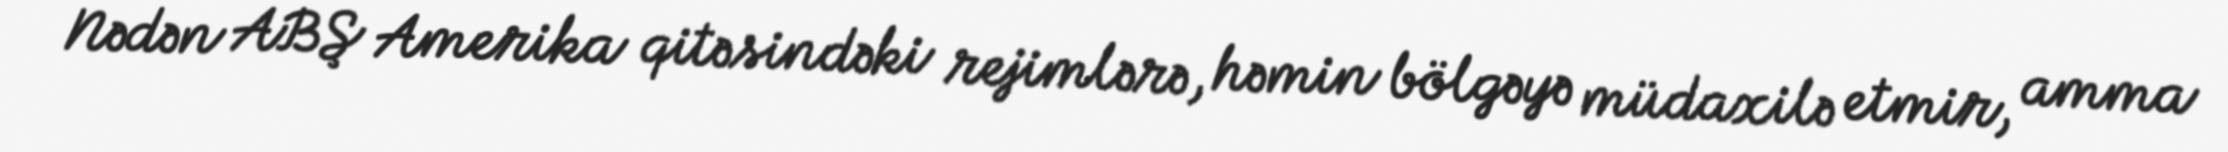
Nədən ABŞ Amerika qitəsindəki rejimlərə, həmin bölgəyə müdaxilə etmir, amma